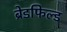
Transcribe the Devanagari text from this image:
ब्रेडफिल्ड